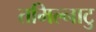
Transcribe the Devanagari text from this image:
तमिल्नाटु